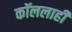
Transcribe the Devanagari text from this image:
कॉललाही